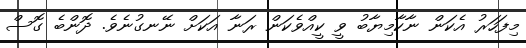
މިފަހަރު އެކަން ނާކާމިޔާބު ވީ ކީއްވެކަން ރަނާ އަކަށް ނޭނގުނެވެ. ދޮންބެ ގޮސް